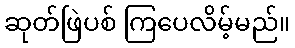
ဆုတ်ဖြဲပစ် ကြပေလိမ့်မည်။